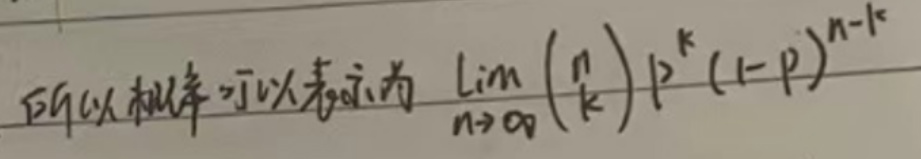
所以概率可以表示为 $\lim_{n\rightarrow\infty}\binom{n}{k}p^{k}(1 - p)^{n - k}$